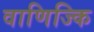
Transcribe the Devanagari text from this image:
वाणिज्कि